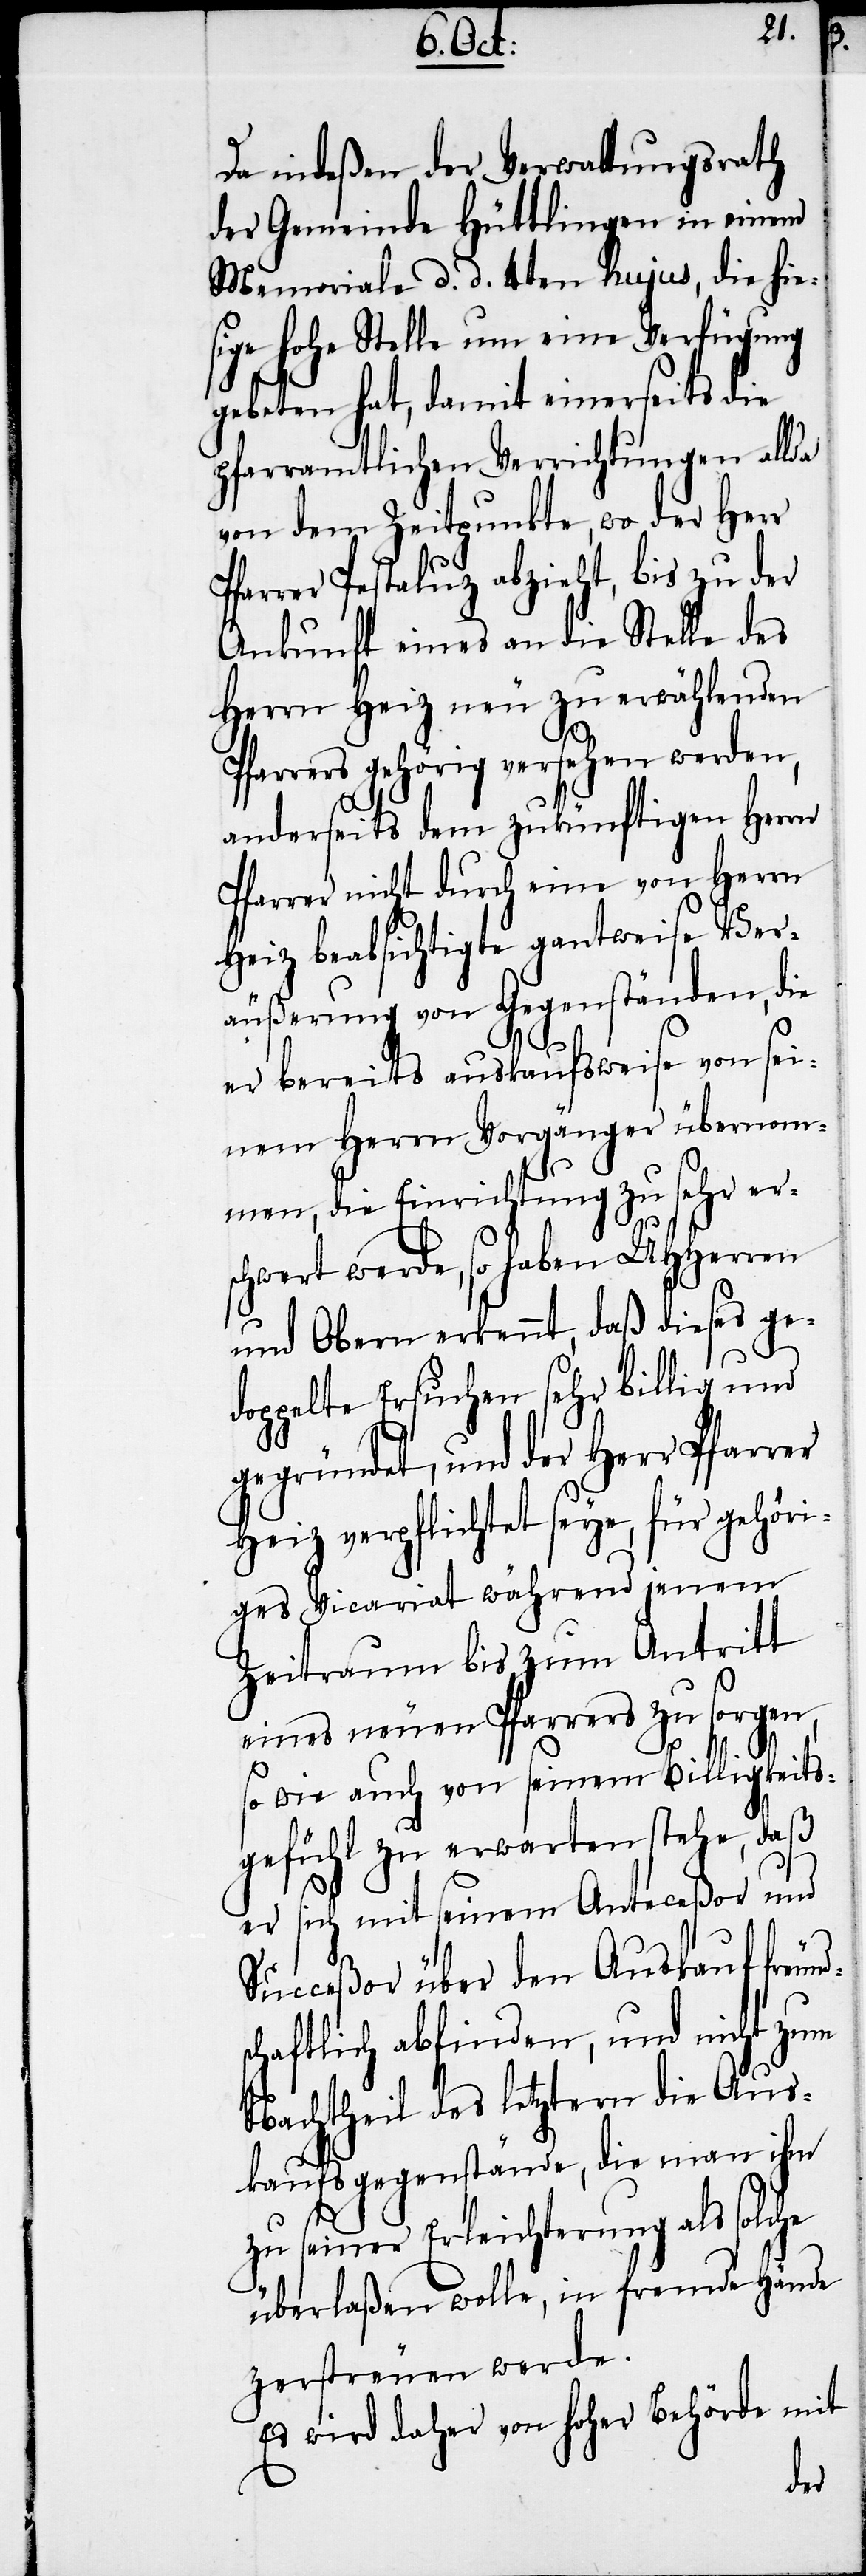
nd¬
Da indeßen der Verwaltungsrath
der Gemeinde Hüttlingen in einem
Memoriale d. d. 4ten hujus, die hie¬
sige hohe Stelle um eine Verfügung
gebeten hat, damit einerseits die
pfarramtlichen Verrichtungen allda
von dem Zeitpunkte, wo der Herr
Pfarrer Pestaluz abzieht, bis zu der
Ankunft eines an die Stelle des
Herrn Heiz neu zu erwählenden
Pfarrer gehörig versehen werden,
anderseits dem zukünftigen Herrn
Pfarrer nicht durch eine von Herrn
Heiz beabsichtigte gantweise Ver¬
äußerung von Gegenständen, die
er bereits auskaufsweise von sei¬
nem Herrn Vorgänger übernom¬
men, die Einrichtung zu sehr ers¬
chwert werde, so haben UHHerren
und Obern erkennt, daß dieses ge¬
doppelte Ersuchen sehr billig und
gegründet, und der Herr Pfarrer
Heiz verpflichtet seye, für gehöri¬
ges Vicariat während jenem
Zeitraum bis zum Antritt
eines neuen Pfarrers zu sorgen,
so wie auch von seinem Billigkeits¬
gefühl zu erwarten stehe, daß
er sich mit seinem Anteceßor und
Succeßor über den Auskauf freu¬
schaftlich abfinden, und nicht zum
Nachtheil des letztern die Aus¬
kaufsgegenstände, die man ihm
zu seiner Erleichterung als solche
überlaßen wolle, in fremde Hände
zerstreuen werden.
Es wird daher von hoher Behörde mit